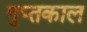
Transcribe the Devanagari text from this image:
गुप्‍तकाल